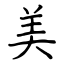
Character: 美